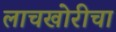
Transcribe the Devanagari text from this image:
लाचखोरीचा